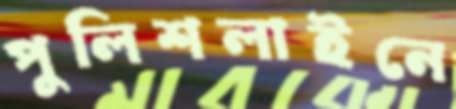
পুলিশলাইনে